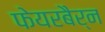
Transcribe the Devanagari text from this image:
फेयरबैर्न